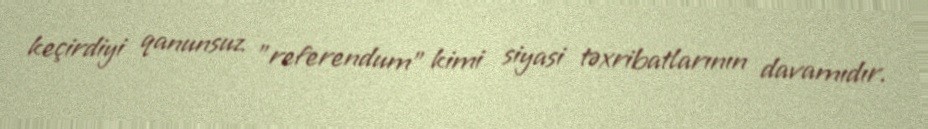
keçirdiyi qanunsuz "referendum" kimi siyasi təxribatlarının davamıdır.